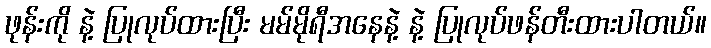
ဖုန်းကို နဲ့ ပြုလုပ်ထားပြီး မမ်မိုရီအနေနဲ့ နဲ့ ပြုလုပ်ဖန်တီးထားပါတယ်။